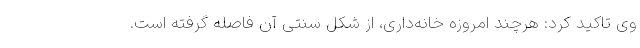
وی تاکید کرد: هرچند امروزه خانه‌داری، از شکل سنتی آن فاصله گرفته است.